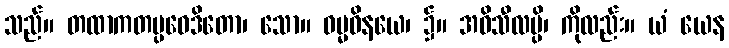
သည်။ တထာကတပ္ပဝေဒိတော၊ သော။ ဓမ္မဝိနယေ၊ ၌။ အဓိသီလမ္ပိ၊ ကိုလည်း။ ယံ ယေန